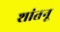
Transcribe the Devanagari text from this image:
शांतनू